Annual administration report of the Civil Veterinary Department of India - 1895-1896
Year: 1895
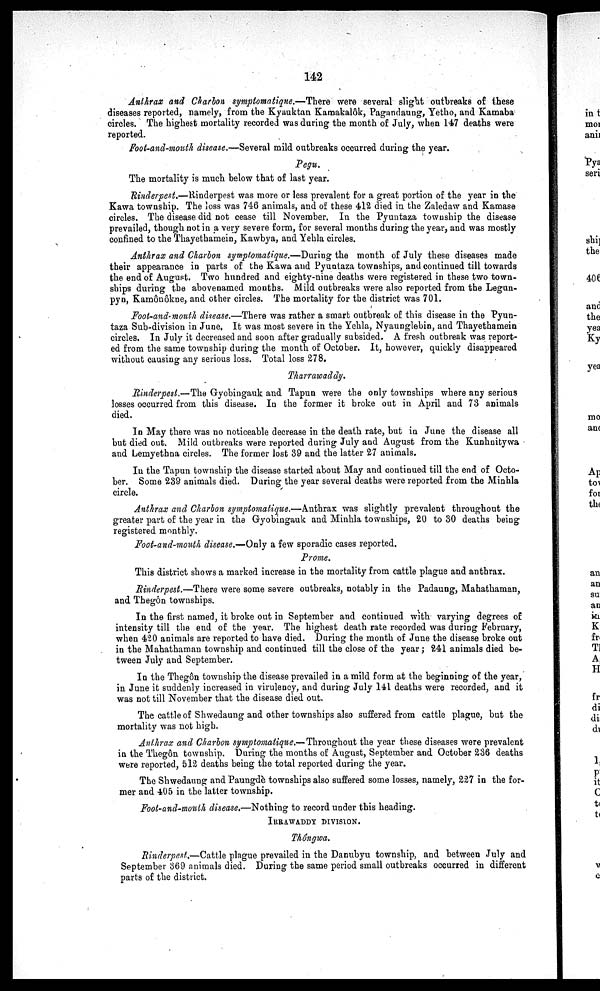
142
Anthrax and Charbon symptomatique.—There were several slight outbreaks of these
diseases reported, namely, from the Kyauktan Kamakalôk, Pagandaung, Yetho, and Kamaba
circles. The highest mortality recorded was during the month of July, when 147 deaths were
reported.
Foot-and-mouth disease.—Several mild outbreaks occurred during the year.
Pegu.
The mortality is much below that of last year.
Rinderpest.—Rinderpest was more or less prevalent for a great portion of the year in the
Kawa township. The loss was 746 animals, and of these 412 died in the Zaledaw and Kamase
circles. The disease did not cease till November. In the Pyuntaza township the disease
prevailed, though not in a very severe form, for several months during the year, and was mostly
confined to the Thayethamein, Kawbya, and Yehla circles.
Anthrax and Charbon symptomatique.—During the month of July these diseases made
their appearance in parts of the Kawa and Pyuntaza townships, and continued till towards
the end of August. Two hundred and eighty-nine deaths were registered in these two town-
ships during the abovenamed months. Mild outbreaks were also reported from the Legun-
pyn, Kamônôkne, and other circles. The mortality for the district was 701.
Foot-and-mouth disease.—There was rather a smart outbreak of this disease in the Pyun-
taza Sub-division in June. It was most severe in the Yehla, Nyaunglebin, and Thayethamein
circles. In July it decreased and soon after gradually subsided. A fresh outbreak was report-
ed from the same township during the month of October. It, however, quickly disappeared
without causing any serious loss. Total loss 278.
Tharrawaddy.
Rinderpest.—The Gyobingauk and Tapun were the only townships where any serious
losses occurred from this disease. In the former it broke out in April and 73 animals
died.
In May there was no noticeable decrease in the death rate, but in June the disease all
but died out. Mild outbreaks were reported during July and August from the Kunhnitywa
and Lemyethna circles. The former lost 39 and the latter 27 animals.
In the Tapun township the disease started about May and continued till the end of Octo-
ber. Some 239 animals died. During the year several deaths were reported from the Minhla
circle.
Anthrax and Charbon symptomatique.—Anthrax was slightly prevalent throughout the
greater part of the year in the Gyobingauk and Minhla townships, 20 to 30 deaths being
registered monthly.
Foot-and-mouth disease.—Only a few sporadic cases reported.
Prome.
This district shows a marked increase in the mortality from cattle plague and anthrax.
Rinderpest.—There were some severe outbreaks, notably in the Padaung, Mahathaman,
and Thegôn townships.
In the first named, it broke out in September and continued with varying degrees of
intensity till the end of the year. The highest death rate recorded was during February,
when 420 animals are reported to have died. During the month of June the disease broke out
in the Mahathaman township and continued till the close of the year; 241 animals died be-
tween July and September.
In the Thegôn township the disease prevailed in a mild form at the beginning of the year,
in June it suddenly increased in virulency, and during July 141 deaths were recorded, and it
was not till November that the disease died out.
The cattle of Shwedaung and other townships also suffered from cattle plague, but the
mortality was not high.
Anthrax and Charbon symptomatique.—Throughout the year these diseases were prevalent
in the Thegôn township. During the months of August, September and October 236 deaths
were reported, 512 deaths being the total reported during the year.
The Shwedaung and Paungdè townships also suffered some losses, namely, 227 in the for-
mer and 405 in the latter township.
Foot-and-mouth disease.—Nothing to record under this heading.
IRRAWADDY DIVISION.
Thôngwa.
Rinderpest.—Cattle plague prevailed in the Danubyu township, and between July and
September 369 animals died. During the same period small outbreaks occurred in different
parts of the district.